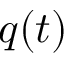
q ( t )